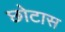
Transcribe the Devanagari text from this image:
छोटास